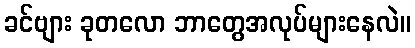
ခင်ဗျား ခုတလော ဘာတွေအလုပ်များနေလဲ။